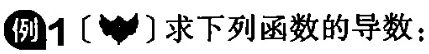
例1〔〕求下列函数的导数：